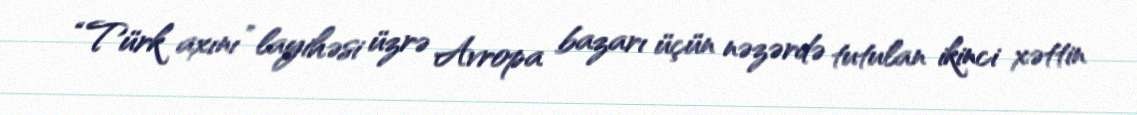
“Türk axını” layihəsi üzrə Avropa bazarı üçün nəzərdə tutulan ikinci xəttin